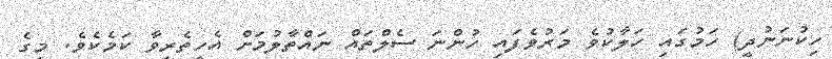
ހިކުނަނުދީ) ހަމުގައި ހަލާކުވެ މަރުވެފައި ހުންނަ ސެލްތައް ނައްތާލުމަށް އެހީތެރިވާ ކަމެކެވެ. މީގެ